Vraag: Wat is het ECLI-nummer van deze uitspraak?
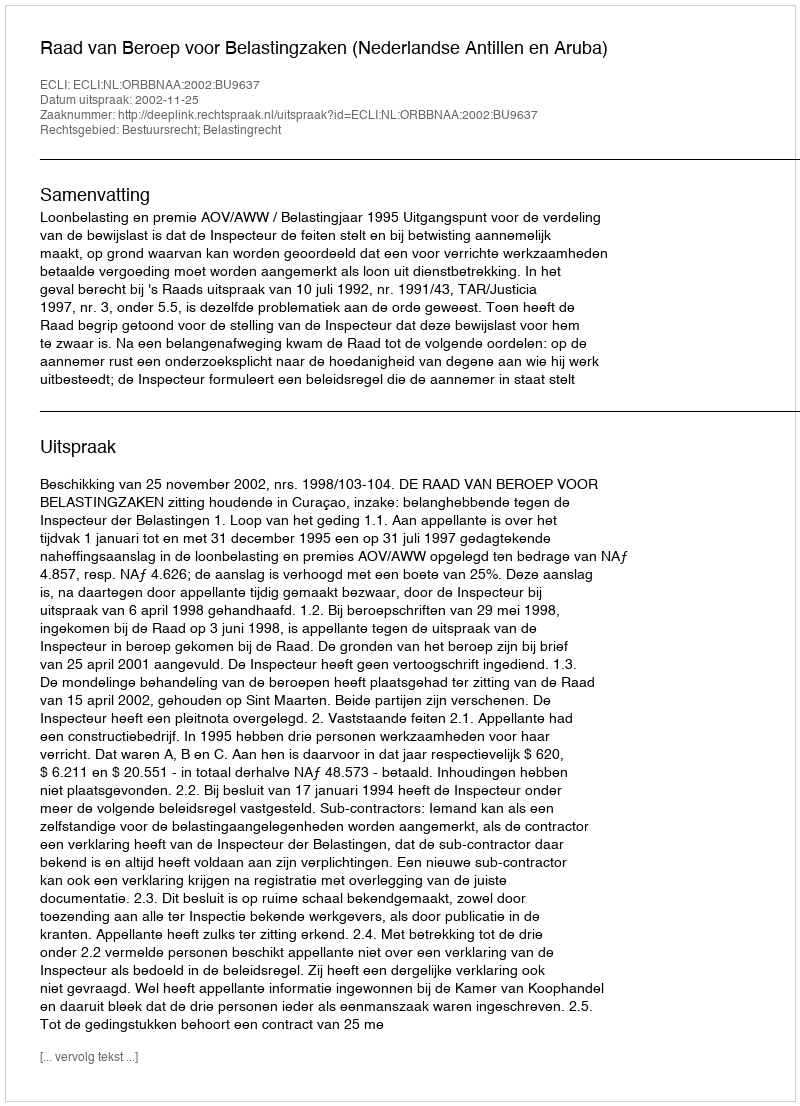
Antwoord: ECLI:NL:ORBBNAA:2002:BU9637